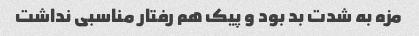
مزه به شدت بد بود و پیک هم رفتار مناسبی نداشت